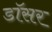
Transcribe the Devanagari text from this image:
डॉसर